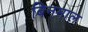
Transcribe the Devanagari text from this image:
बिनमाल